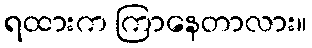
ရထားက ကြာနေတာလား။